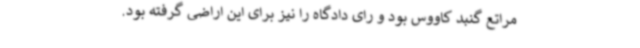
مراتع گنبد کاووس بود و رای دادگاه را نیز برای این اراضی گرفته بود.